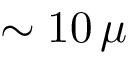
\sim 1 0 \, \mu